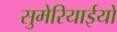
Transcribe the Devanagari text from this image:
सुमेरियाईयों